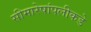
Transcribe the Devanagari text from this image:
सीमारेषांपलीकडे